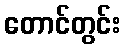
တောင်တွင်း